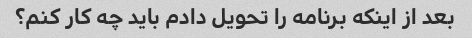
بعد از اینکه برنامه را تحویل دادم باید چه کار کنم؟